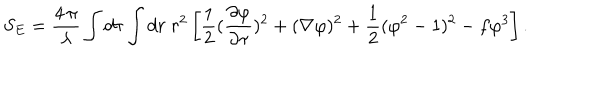
S _ { E } = { \frac { 4 \, \pi } { \lambda } } \int d \tau \int d r \; r ^ { 2 } \left[ { \frac { 1 } { 2 } } { ( { \frac { \partial \varphi } { \partial \tau } } ) ^ { 2 } + ( \nabla \varphi ) ^ { 2 } } + { \frac { 1 } { 2 } } ( \varphi ^ { 2 } - 1 ) ^ { 2 } - f \varphi ^ { 3 } \right] .